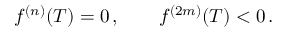
f ^ { ( n ) } ( T ) = 0 \, , \qquad f ^ { ( 2 m ) } ( T ) < 0 \, .